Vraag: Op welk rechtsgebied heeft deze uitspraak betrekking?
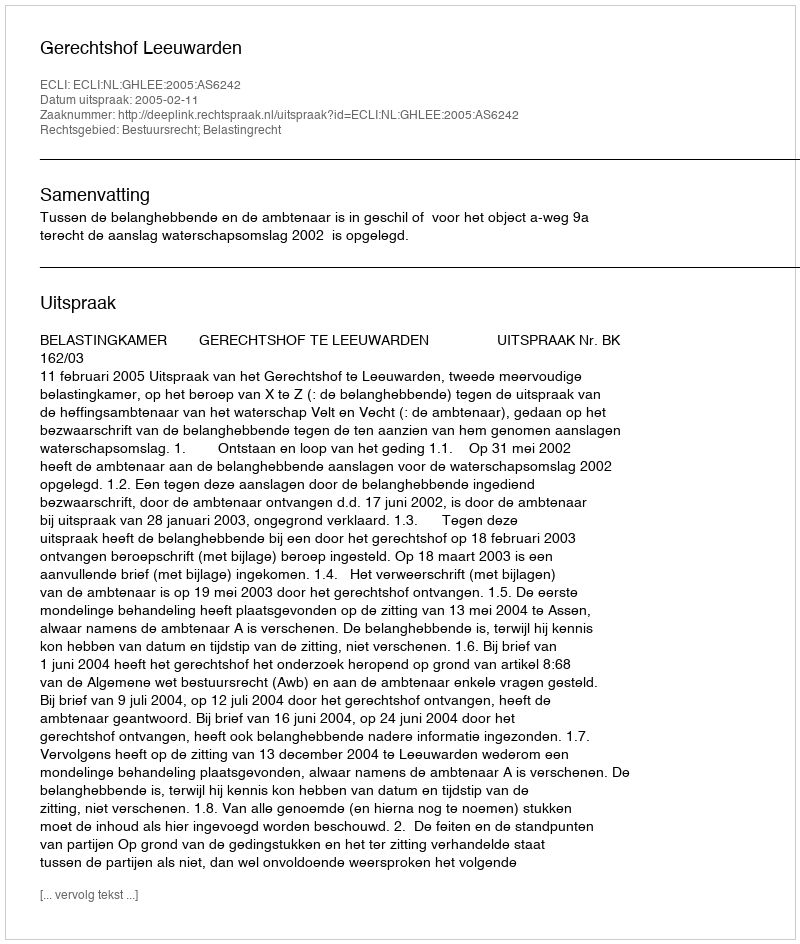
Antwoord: Bestuursrecht; Belastingrecht